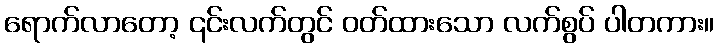
ရောက်လာတော့ ၎င်းလက်တွင် ဝတ်ထားသော လက်စွပ် ပါတကား။